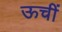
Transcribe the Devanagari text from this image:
ऊचीं